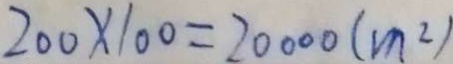
2 0 0 \times 1 0 0 = 2 0 0 0 0 ( m ^ { 2 } )